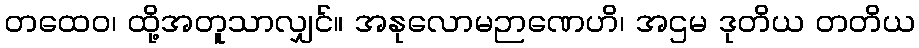
တထေဝ၊ ထို့အတူသာလျှင်။ အနုလောမဉာဏေဟိ၊ အဌမ ဒုတိယ တတိယ